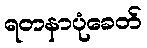
ရတနာပုံခေတ်